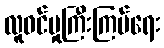
လူဝင်မှုကြီးကြပ်ရေး